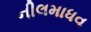
નીલમાધવ